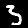
Label: 3